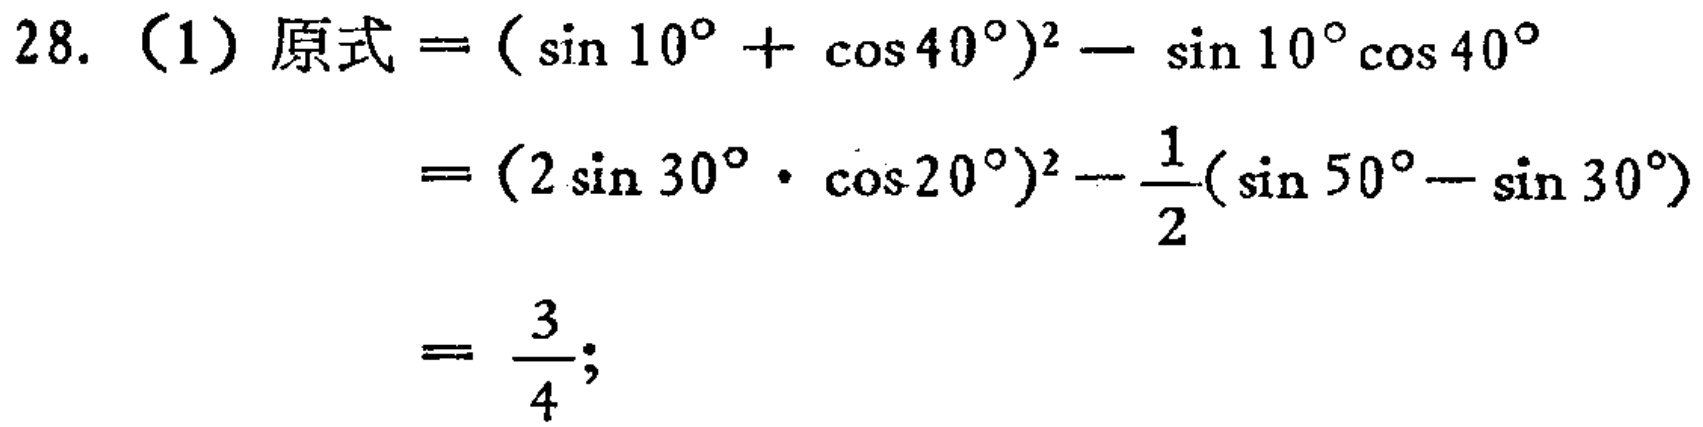
28. （1）原式$=(\sin 10^{\circ}+\cos 40^{\circ})^2 - \sin 10^{\circ}\cos 40^{\circ}$

$=(2\sin 30^{\circ}\cdot\cos 20^{\circ})^2-\frac{1}{2}(\sin 50^{\circ}-\sin 30^{\circ})$

$=\frac{3}{4};$